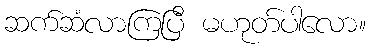
ဆက်ဆံလာကြပြီ မဟုတ်ပါလော။